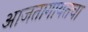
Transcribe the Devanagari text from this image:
आजतागायतचा